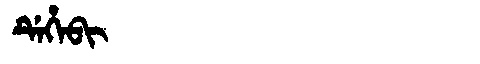
Manchu: ᡩᡝᡥᡝᠪᡳ
Romanization: DEHEBI